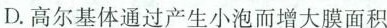
D.高尔基体通过产生小泡而增大膜面积